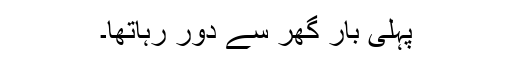
پہلی بار گھر سے دور رہاتھا۔